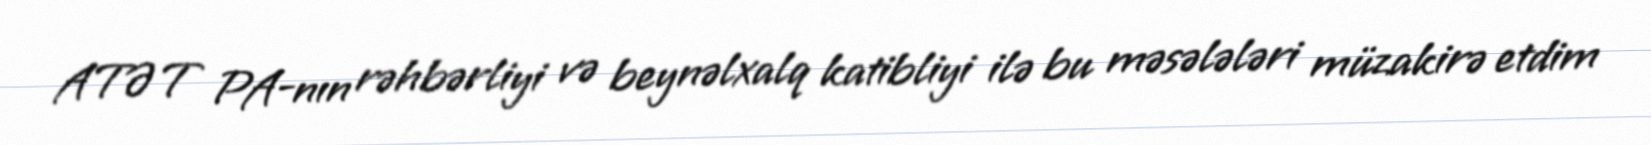
ATƏT PA-nın rəhbərliyi və beynəlxalq katibliyi ilə bu məsələləri müzakirə etdim